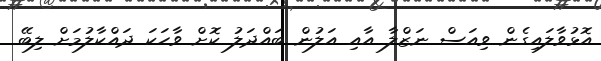
އޮޅުވާލައިގެން ވިއަސް ނަޒްލާ އާއި އަލުން ބައްދަލު ކޮށް ވާހަކަ ދައްކާލުމަށް ލިބޭ